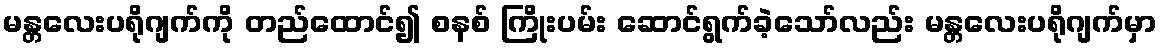
မန္တလေးပရိုဂျက်ကို တည်ထောင်၍ စနစ် ကြိုးပမ်း ဆောင်ရွက်ခဲ့သော်လည်း မန္တလေးပရိုဂျက်မှာ